Report on sanitation, dispensaries, and jails in Rajputana for 1916, and on vaccination for the year 1916-1917 - 1916-1917
Year: 1916
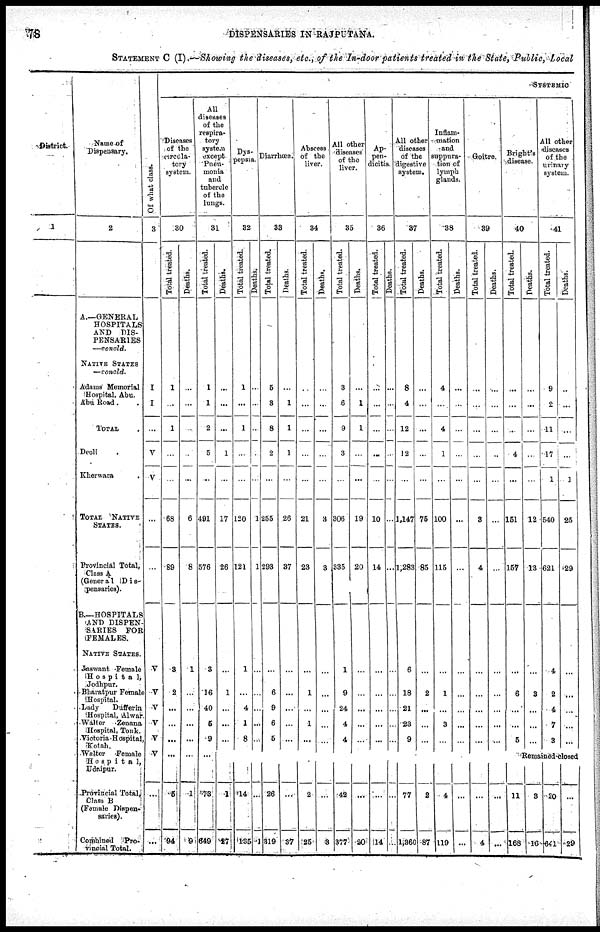
78
DISPENSARIES IN RAJPUTANA.
STATEMENT C (I)—Showing the diseases, etc., of the In-door patients treated in the State, Public, Local
District.
1
Name of
Dispensary.
2
A.—GENERAL
HOSPITALS
AND DIS-
PENSARIES
—concld.
NATIVE STATES
—concld.
Adams Memorial
Hospital, Abu.
Abu Road . .
TOTAL.
Deoli
Kherwara .
TOTAL NATIVE
STATES.
Provincial Total,
Class A
(General
Dis-
pensaries).
B—HOSPITALS
AND DISPEN-
SARIES FOR
FEMALES.
NATIVE STATES.
Jaswant Female
Hospital,
Jodhpur.
Bharatpur Female
Hospital.
Lady
Dufferin
Hospital, Alwar.
Walter Zenana
Hospital, Tonk.
Victoria Hospital,
Kotah.
Walter
Female
Hospital,
Udaipur.
Provincial Total
Class B
(Female Dispen-
saries).
Combined Pro-
vincial Total.
Of what class.
3
I
I
...
V
V
...
...
V
V
V
V
V
V
...
...
SYSTEMIC
Diseases
of the
circula-
tory
system.
30
Total treated.
1
...
1
...
...
68
89
3
2
...
...
...
...
5
94
Deaths.
...
...
...
...
...
6
8
1
...
...
...
...
...
1
9
All
diseases
of the
respira-
tory
system
except
Pneu-
monia
and
tubercle
of the
lungs.
31
Total treated.
1
1
2
5
...
491
576
3
16
40
5
9
...
73
649
Deaths.
...
...
...
1
...
17
26
...
1
...
...
...
...
1
27
Dys-
pepsia.
32
Total treated.
1
...
1
...
...
120
121
1
...
4
1
8
...
14
135
Deaths.
...
...
...
...
...
1
1
...
...
...
...
...
...
...
1
Diarrhœa.
33
Total treated.
5
3
8
2
...
255
293
...
6
9
6
5
...
26
319
Deaths.
...
1
1
1
...
26
37
...
...
...
...
...
...
...
37
Abscess
of the
liver.
34
Total treated.
...
...
...
...
...
21
23
...
1
...
1
...
...
2
25
Deaths.
...
...
...
...
...
3
3
...
...
...
...
...
...
...
3
All other
diseases
of the
liver.
35
Total treated.
3
6
9
3
...
306
335
1
9
24
4
4
...
42
377
Deaths.
...
1
1
...
...
19
20
...
...
...
...
...
...
...
20
Ap-
pen-
dicitis.
36
Total treated.
...
...
...
...
...
10
14
...
...
...
...
...
...
...
14
Deaths.
...
...
...
...
...
...
...
...
...
...
...
...
...
...
...
All other
diseases
of the
digestive
system.
37
Total treated.
8
4
12
12
...
1,147
1,283
6
18
21
23
9
...
77
1,360
Deaths.
...
...
...
...
...
75
85
...
2
...
...
...
...
2
87
Inflam-
mation
and
suppura-
tion of
lymph
glands.
38
Total treated.
4
...
4
1
...
100
115
...
1
...
3
...
...
4
119
Deaths.
...
...
...
...
...
...
...
...
...
...
...
...
...
...
...
Goitre.
39
Total treated.
...
...
...
...
...
3
4
...
...
...
...
...
...
...
4
Deaths.
...
...
...
...
...
...
...
...
...
...
...
...
...
...
...
Bright's
disease.
40
Total treated.
...
...
...
4
...
151
157
...
6
...
...
5
Deaths.
...
...
...
...
...
12
13
...
3
...
...
...
All other
diseases
of the
urinary
system.
41
Total treated.
9
2
11
17
1
540
621
4
2
4
7
3
Deaths.
...
...
...
...
1
25
29
...
...
...
...
...
Remained-closed
11
168
3
16
20
641
...
29